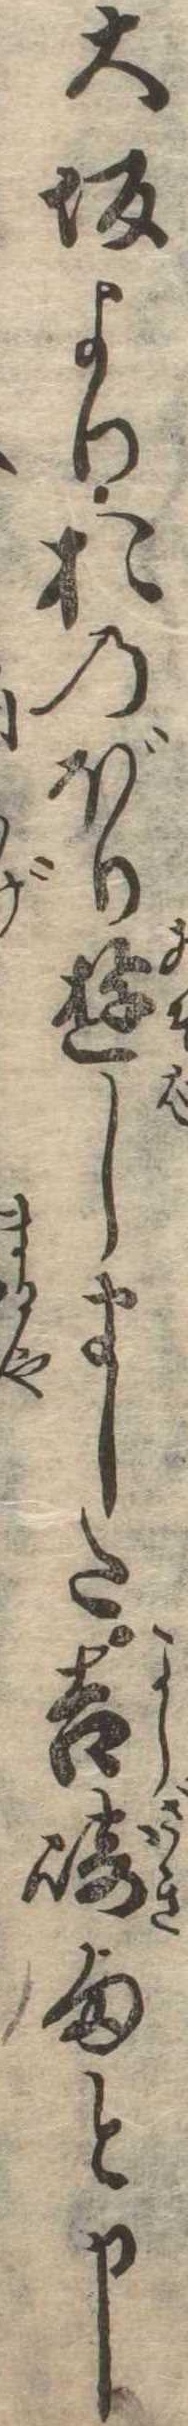
大坂よりおのぼり遊しました吉崎様と申